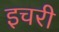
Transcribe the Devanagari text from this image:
इचरी